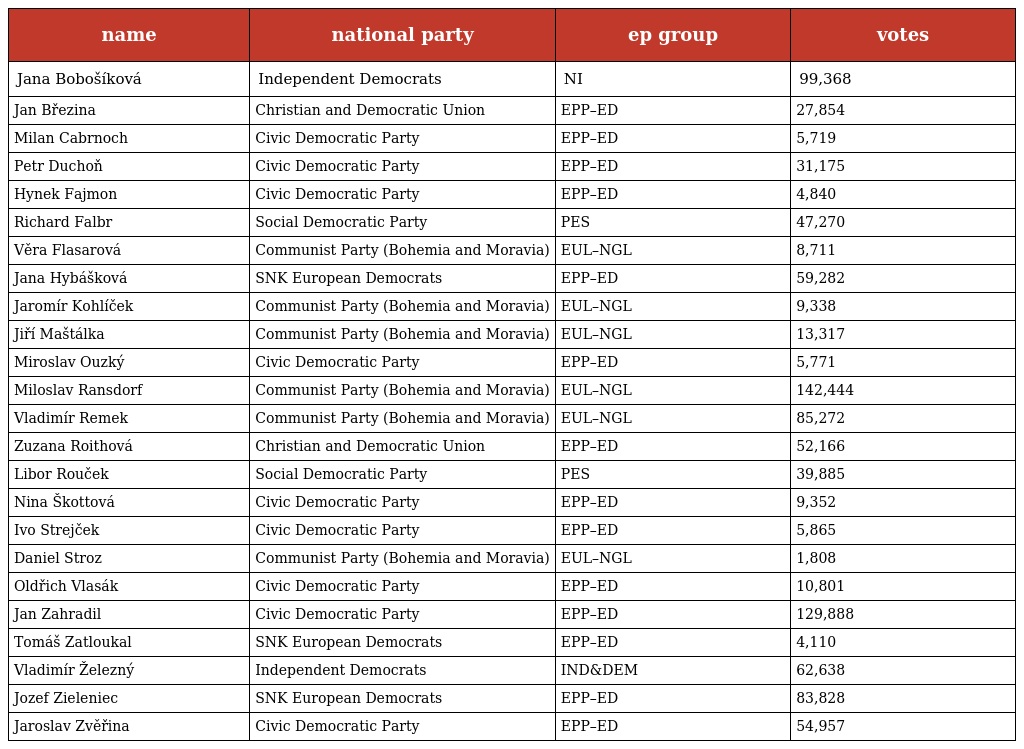
| name | national party | ep group | votes |
 | --- | --- | --- | --- |
 | Jana Bobošíková | Independent Democrats | NI | 99,368 |
 | Jan Březina | Christian and Democratic Union | EPP–ED | 27,854 |
 | Milan Cabrnoch | Civic Democratic Party | EPP–ED | 5,719 |
 | Petr Duchoň | Civic Democratic Party | EPP–ED | 31,175 |
 | Hynek Fajmon | Civic Democratic Party | EPP–ED | 4,840 |
 | Richard Falbr | Social Democratic Party | PES | 47,270 |
 | Věra Flasarová | Communist Party (Bohemia and Moravia) | EUL–NGL | 8,711 |
 | Jana Hybášková | SNK European Democrats | EPP–ED | 59,282 |
 | Jaromír Kohlíček | Communist Party (Bohemia and Moravia) | EUL–NGL | 9,338 |
 | Jiří Maštálka | Communist Party (Bohemia and Moravia) | EUL–NGL | 13,317 |
 | Miroslav Ouzký | Civic Democratic Party | EPP–ED | 5,771 |
 | Miloslav Ransdorf | Communist Party (Bohemia and Moravia) | EUL–NGL | 142,444 |
 | Vladimír Remek | Communist Party (Bohemia and Moravia) | EUL–NGL | 85,272 |
 | Zuzana Roithová | Christian and Democratic Union | EPP–ED | 52,166 |
 | Libor Rouček | Social Democratic Party | PES | 39,885 |
 | Nina Škottová | Civic Democratic Party | EPP–ED | 9,352 |
 | Ivo Strejček | Civic Democratic Party | EPP–ED | 5,865 |
 | Daniel Stroz | Communist Party (Bohemia and Moravia) | EUL–NGL | 1,808 |
 | Oldřich Vlasák | Civic Democratic Party | EPP–ED | 10,801 |
 | Jan Zahradil | Civic Democratic Party | EPP–ED | 129,888 |
 | Tomáš Zatloukal | SNK European Democrats | EPP–ED | 4,110 |
 | Vladimír Železný | Independent Democrats | IND&DEM | 62,638 |
 | Jozef Zieleniec | SNK European Democrats | EPP–ED | 83,828 |
 | Jaroslav Zvěřina | Civic Democratic Party | EPP–ED | 54,957 |